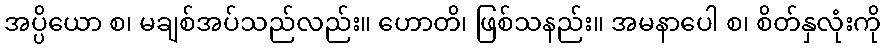
အပ္ပိယော စ၊ မချစ်အပ်သည်လည်း။ ဟောတိ၊ ဖြစ်သနည်း။ အမနာပေါ စ၊ စိတ်နှလုံးကို